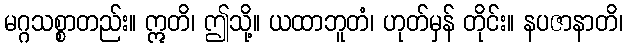
မဂ္ဂသစ္စာတည်း။ ဣတိ၊ ဤသို့။ ယထာဘူတံ၊ ဟုတ်မှန် တိုင်း။ နပဇာနာတိ၊